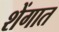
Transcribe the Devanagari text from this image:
शेंगात